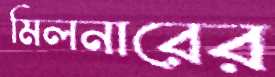
মিলনারের